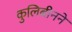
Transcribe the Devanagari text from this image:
कुलिबीनने